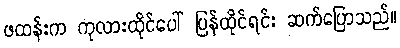
ဖထန်းက ကုလားထိုင်ပေါ် ပြန်ထိုင်ရင်း ဆက်ပြောသည်။